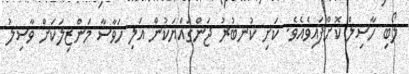
ލޯބި ހާސިލް ކޮށްފައިވެއެވެ. ކަށި ކުނބުރު ޖަންގައްޔަކުން އަލި ހަވާސާ މަންޒިލަކަށް ވާސިލު